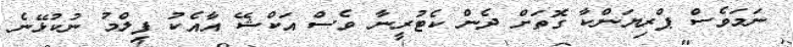
ނަމަވެސް ޕްރިޔަންކާ ގޮތަށް ދެން ކެޓުރީނާ ވެސް އަކްޝޭ އާއެކު ފިލްމު ނުކުޅޭނެ